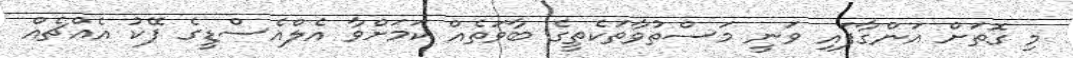
މި ގޮތަށް އަންގާފައި ވަނީ މަސްތުވާތަކެތީގެ ބާވަތެއް ކަމަށްވާ އެލްއެސްޑީގެ ފޭކު އެއްޗެއް